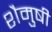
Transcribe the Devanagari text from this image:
शैमुषी